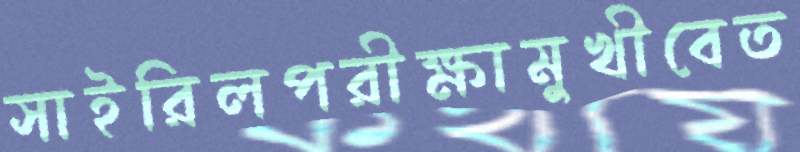
সাইরিলপরীক্ষামুখীবেত